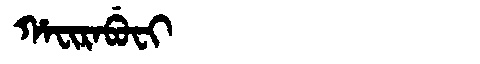
Manchu: ᡥᠠᠸᡳᡵᠠᠪᡠᠸᡳ
Romanization: HAFIRABUFI